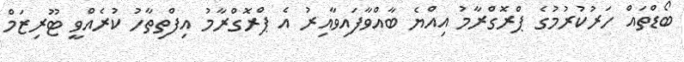
ބޯޑްތައް ހަރުކުރުމުގެ ޕްރޮގްރާމު އިއްޔެ ބާއްވާފައިވާއިރު އެ ޕްރޮގްރާމު އިފްތިތާހު ކުރެއްވީ ޓޫރިޒަމް